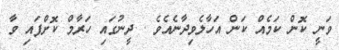
ވަނީ ކޮން ކަމެއް ކަން އަހާލެވިދާނެއެވެ . ދީނުގައި ހަރާމް ކޮށްފައި ވާ